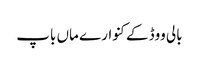
بالی ووڈ کے کنوارے ماں باپ